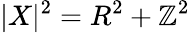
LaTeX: |X|^{2}=R^{2}+\mathbb{Z}^{2}